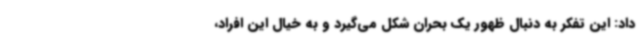
داد: این تفکر به دنبال ظهور یک بحران شکل می‌گیرد و به خیال این افراد،